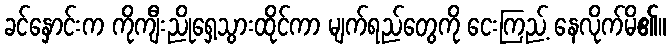
ခင်နှောင်းက ကိုကျီးညိုရှေ့သွားထိုင်ကာ မျက်ရည်တွေကို ငေးကြည့် နေလိုက်မိ၏။